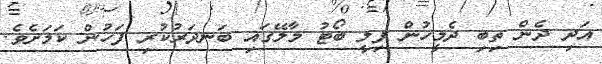
އަދި ދެން ތިބި ދެމީހުން ފިލީ ބޯޓު މާލޭގައި ބަނދަރުކުރި ފަހުން ކަމަށެވެ.